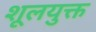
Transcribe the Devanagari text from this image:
शूलयुक्त